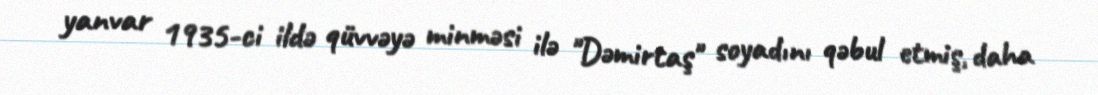
yanvar 1935-ci ildə qüvvəyə minməsi ilə "Dəmirtaş" soyadını qəbul etmiş, daha